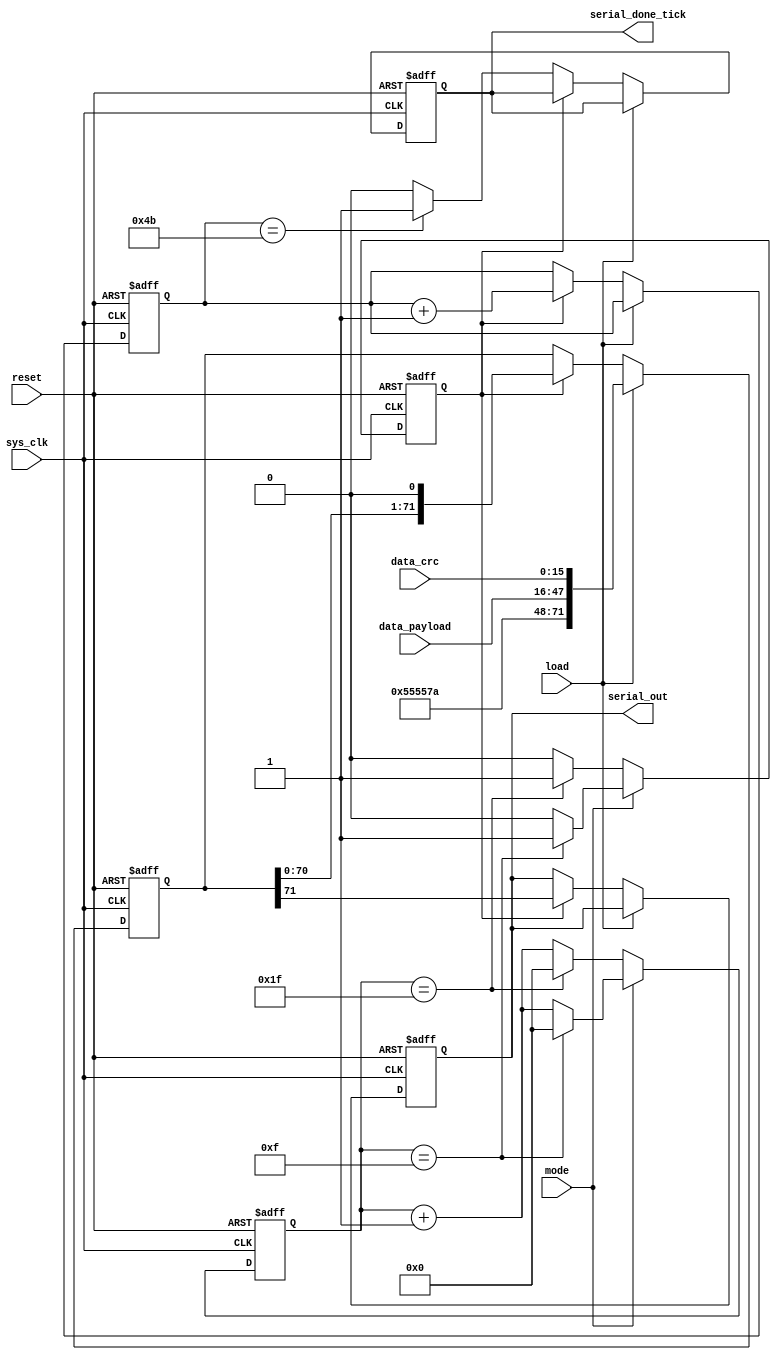
`timescale 1ns/1ps
module SER
(


input [31:0] data_payload ,
input sys_clk,reset,load,
input [0:15] data_crc,
input mode,
output reg serial_done_tick,
output reg serial_out

);

reg [4:0] counter;
reg [6:0] counter_tick;
wire [71:0] data_in;
reg [71:0] data_reg;

reg Div_clk_d1;



assign data_in = {24'b0101_0101_0101_0101_0111_1010,data_payload,data_crc};


always@(posedge sys_clk or negedge reset)
begin

					if(reset == 0)
					begin
					Div_clk_d1 <= 0;
					counter <= 0;
					end 
					
					else if (mode == 0)
					begin
					if (counter == 31 )
						begin
					Div_clk_d1 <= 1'b1;
					counter <= 0;
						end
							else begin
							Div_clk_d1 <= 0 ;
		                 	counter <= counter +1;
							end
					end
				
					else if (mode == 1)
					begin
					
					if (counter == 15 )
						begin
					Div_clk_d1 <= 1'b1;
					counter <= 0;
						end
					else begin
							Div_clk_d1 <= 0 ;
		                 	counter <= counter +1;
					end
					end
					
			
	end



always@(posedge sys_clk or negedge reset)
begin

 if(reset == 0) begin
	      serial_out <=0;
		data_reg <=0;
		counter_tick <= 0;
		serial_done_tick <= 0;
 end
				
else if (load)
	data_reg <= data_in;
	else if (Div_clk_d1)
	begin
	
	data_reg <= data_reg<<1;
	serial_out <= data_reg[71];
	counter_tick <= counter_tick +1;
	
	end

else if (counter_tick == 75)
begin
serial_done_tick <= 1;
end
else 
  begin
    serial_done_tick <= 0;
  end
  
					end




endmodule